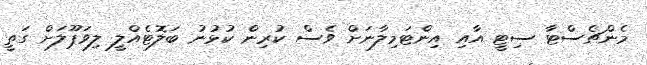
މެންޗެސްޓާ ސިޓީ އާއި އިންޓަމިލާނަށް ވެސް ކުރިން ކުޅުނު ބަލޮޓެއްލީ ލިވަޕޫލަށް ގަތީ